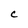
Character: c